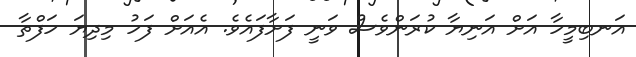
އަނބިމީހާ އަށް އަނިޔާ ކުރަަންވެސް ވަނީ ފަށާފައެވެ. އެއަށް ފަހު މިދިޔަ ހަފްތާ